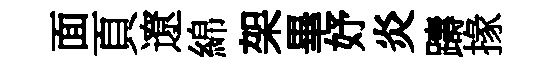
面頁遼綿架畢妤炎躊掾